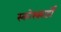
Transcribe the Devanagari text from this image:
स्कोरकार्डों